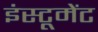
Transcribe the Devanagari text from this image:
इंस्टूमेंट